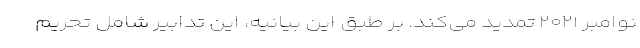
نوامبر ۲۰۲۱ تمدید می‌کند. بر طبق این بیانیه، این تدابیر شامل تحریم